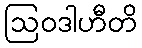
ဩဝဒါဟီတိ